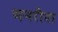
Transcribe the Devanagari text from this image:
भनरीया